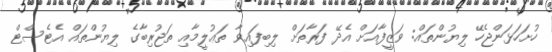
ހުށަހަޅަންޖެހޭ ލިޔުންތައް: ވަޒީފާއަށް އެދޭ ފަރާތަށް ލިބިފައިވާ ތަޢުލީމާއި ތަޖުރިބާގެ ލިޔުންތައް އެޓެސްޓް